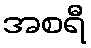
အစရီ